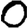
Digit: 0